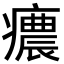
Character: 癑